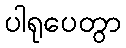
ပါရုပေတွာ